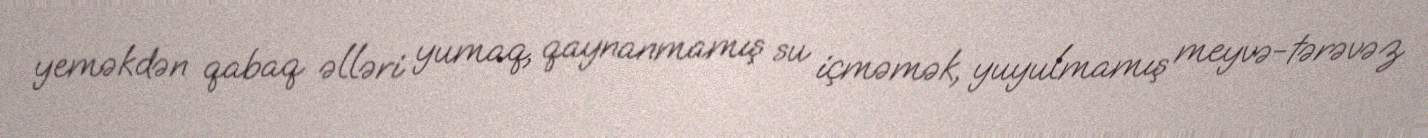
yeməkdən qabaq əlləri yumaq, qaynanmamış su içməmək, yuyulmamış meyvə-tərəvəz